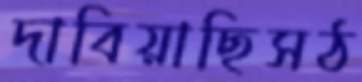
দাবিয়াছিসঠ